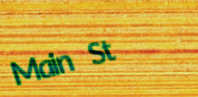
Main St